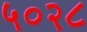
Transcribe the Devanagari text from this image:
५०२८